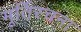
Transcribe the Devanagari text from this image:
मूर्तिरचना